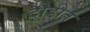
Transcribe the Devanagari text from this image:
दौडीत